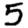
Digit: 5